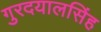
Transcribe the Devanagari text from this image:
गुरदयालसिंह